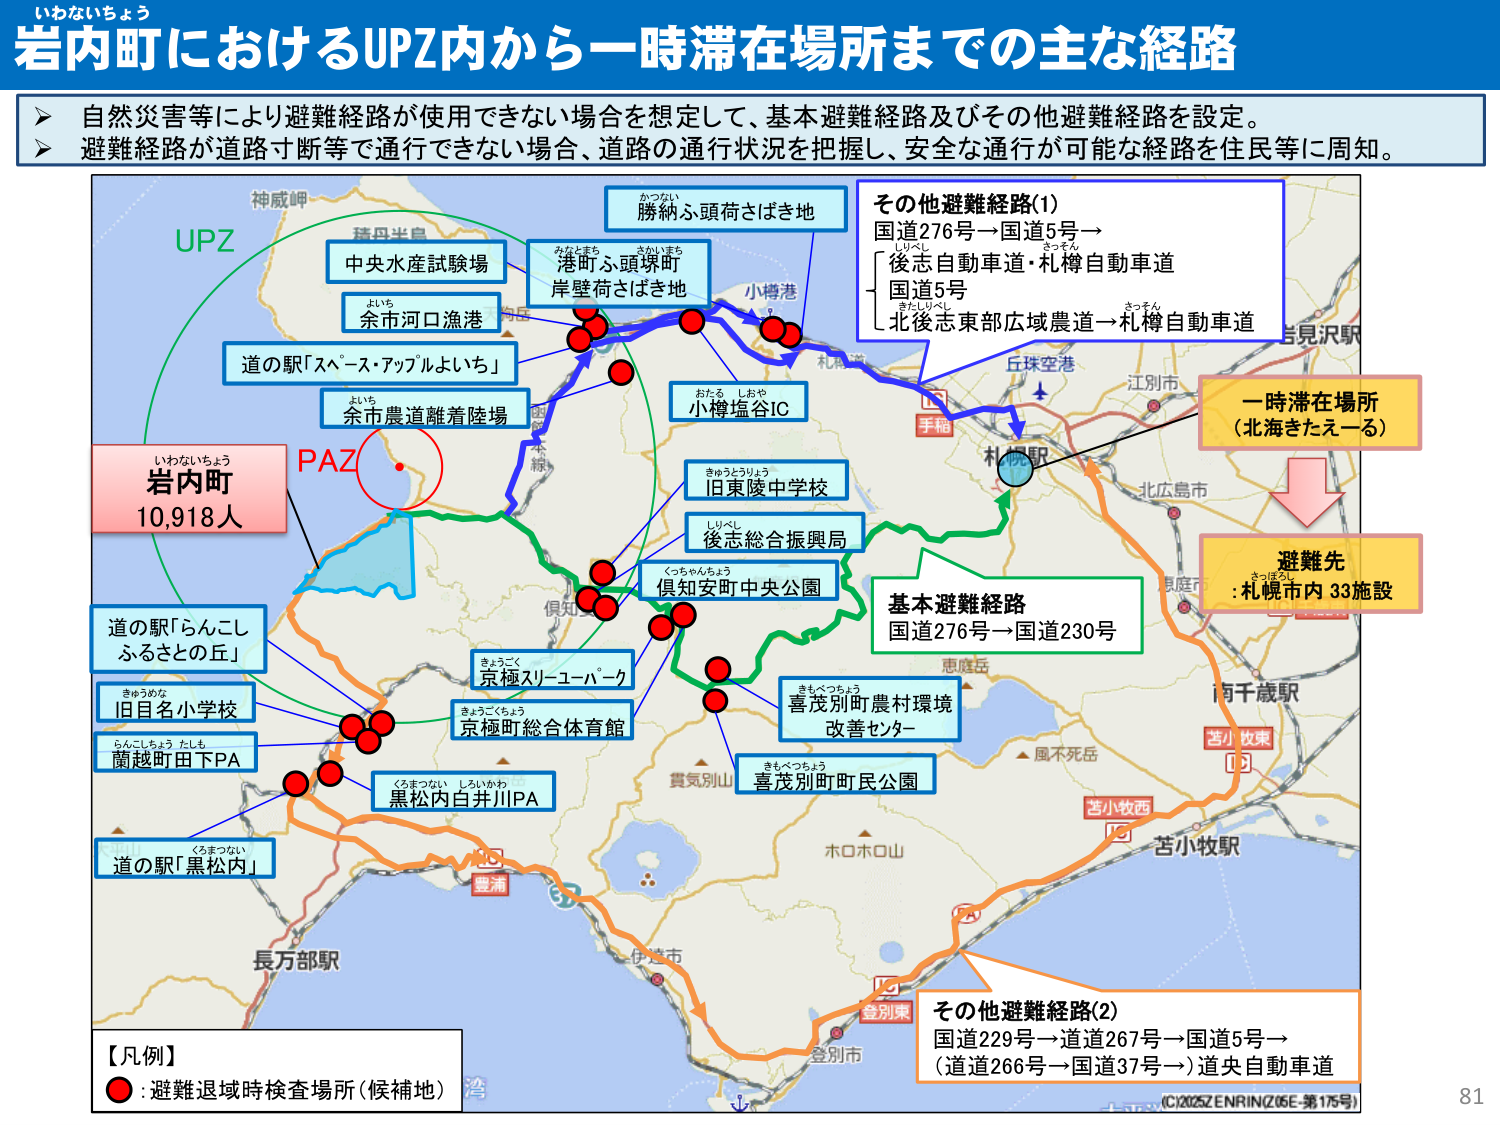
いわないちょう
岩内町におけるUPZ内から一時滞在場所までの主な経路

自然災害等により避難経路が使用できない場合を想定して、基本避難経路及びその他避難経路を設定。
避難経路が道路寸断等で通行できない場合、道路の通行状況を把握し、安全な通行が可能な経路を住民等に周知。

UPZ
神威岬
積丹半島
中央水産試験場
余市河口漁港
道の駅「スペース・アップルよいち」
余市農道避難着陸場
岩内町
10,918人
いわないちょう
PAZ
道の駅「らんこし ふるさとの丘」
旧目名小学校
きゅうめな
蘭越町田下PA
らんこしちょう たしも
道の駅「黒松内」
くろまつない
港町ふ頭塀町
みなとまち さかいまち
岸壁荷さばき地
勝納ふ頭荷さばき地
かつない
小樽港
小樽塩谷IC
おたる しおや
旧東陵中学校
きゅうとうりょう
後志総合振興局
しりべし
倶知安町中央公園
くっちゃんちょう
京極スリーユーパーク
きょうごく
京極町総合体育館
きょうごくちょう
黒松内白井川IPA
くろまつない しろいかわ
喜茂別町農村環境改善センター
きもべつちょう
喜茂別町町民公園
きもべつちょう
基本避難経路
国道276号→国道230号
その他避難経路(1)
国道276号→国道5号→
後志自動車道・札樽自動車道
国道5号
北後志東部広域農道→札樽自動車道
しりべし
さっそん
さっそん
一時滞在場所
（北海きたえーる）
避難先
:札幌市内 33施設
きつほろ
手稲
札幌
丘珠空港
江別市
北広島市
恵庭市
風不死岳
ホロホロ山
登別東
登別市
苫小牧西
苫小牧駅
苫小牧東
南千歳駅
長万部駅
湾
その他避難経路(2)
国道229号→道道267号→国道5号→
（道道266号→国道37号）道央自動車道

【凡例】
● : 避難退域時検査場所（候補地）

(C)2025 ZENRIN (Z06E-第175号)
81